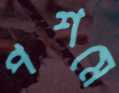
পশমে